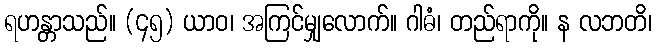
ရဟန္တာသည်။ (၄၅) ယာဝ၊ အကြင်မျှလောက်။ ဂါဓံ၊ တည်ရာကို။ န လဘတိ၊